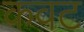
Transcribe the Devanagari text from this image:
कवट